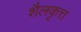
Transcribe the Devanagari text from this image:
शैलकृत्त